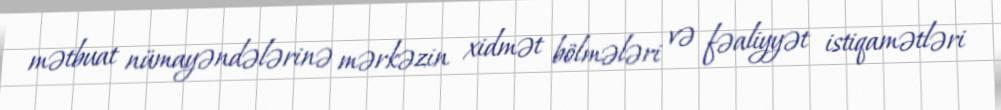
mətbuat nümayəndələrinə mərkəzin xidmət bölmələri və fəaliyyət istiqamətləri